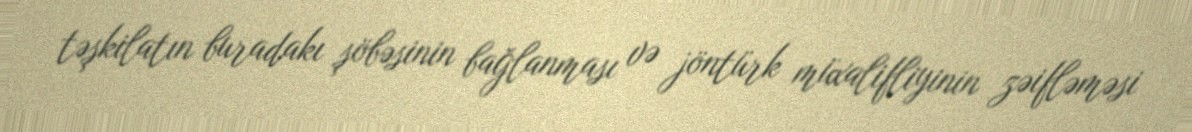
təşkilatın buradakı şöbəsinin bağlanması və jöntürk müxalifliyinin zəifləməsi